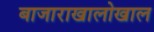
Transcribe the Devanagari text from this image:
बाजाराखालोखाल